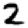
Digit: 2